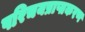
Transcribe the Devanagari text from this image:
परिचयप्राप्तकरण